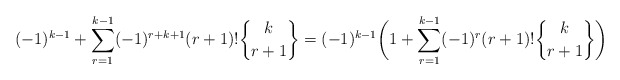
\begin{align*} (-1)^{k-1}+ \displaystyle \sum_{r=1}^{k-1} (-1)^{r+k+1} (r+1)! \genfrac{\{}{\}}{0pt}{}{k}{r+1}&=(-1)^{k-1}\biggl(1+\displaystyle \sum_{r=1}^{k-1} (-1)^r (r+1)! \genfrac{\{}{\}}{0pt}{}{k}{r+1}\biggr)\end{align*}